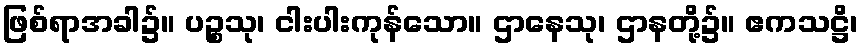
ဖြစ်ရာအခါ၌။ ပဉ္စသု၊ ငါးပါးကုန်သော။ ဌာနေသု၊ ဌာနတို့၌။ ဧကသဋ္ဌိ၊